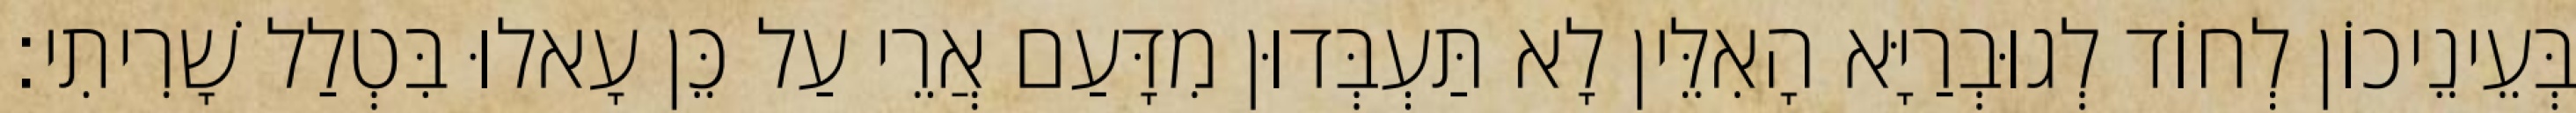
בְּעֵינֵיכוֹן לְחוֹד לְגוּבְרַיָּא הָאִלֵּין לָא תַּעְבְּדוּן מִדָּעַם אֲרֵי עַל כֵּן עָאלוּ בִּטְלַל שָׁרִיתִי׃